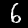
Label: 6